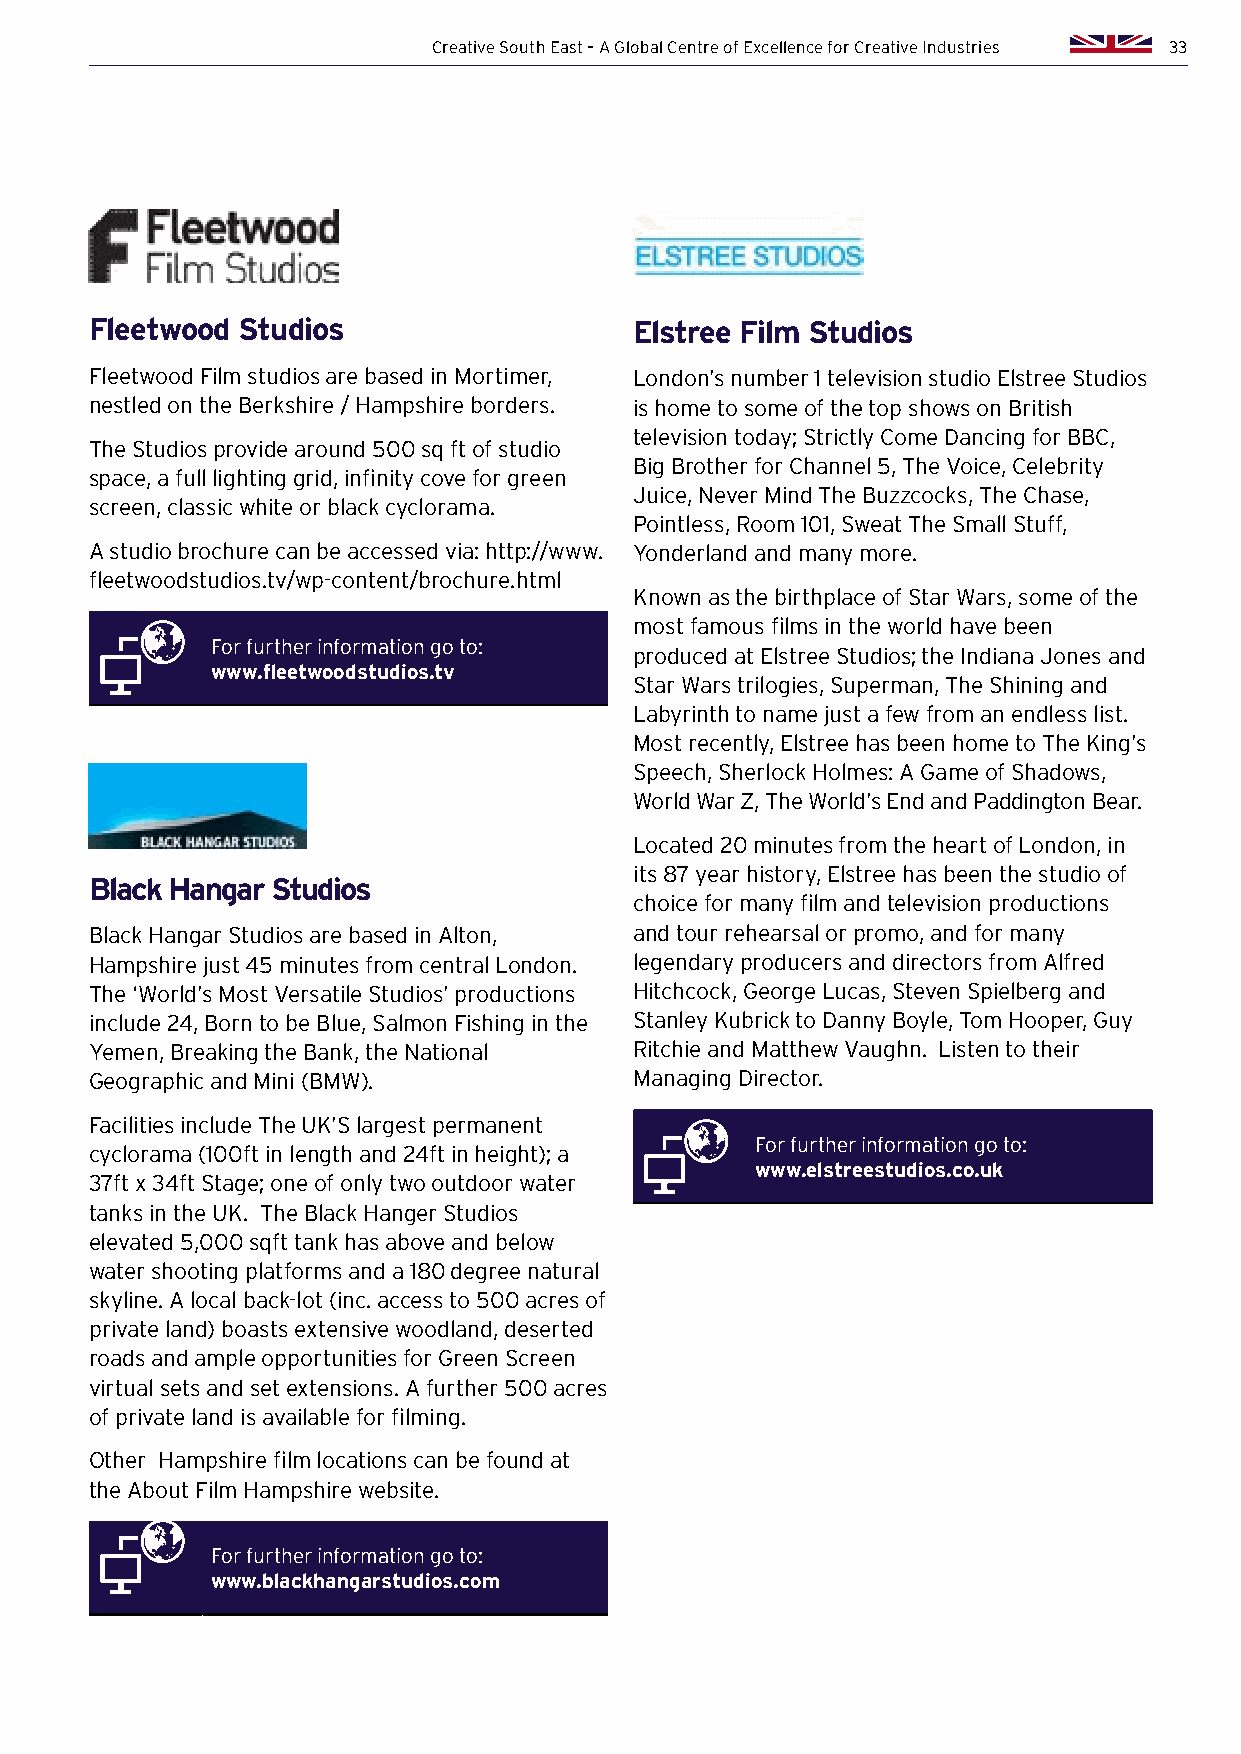
Creative South East – A Global Centre of Excellence for Creative Industries 33
 Fleetwood Studios                   Elstree Film Studios
 Fleetwood Film studios are based in Mortimer, London’s number 1 television studio Elstree Studios
 nestled on the Berkshire / Hampshire borders. is home to some of the top shows on British
 television today; Strictly Come Dancing for BBC,
 The Studios provide around 500 sq ft of studio
 Big Brother for Channel 5, The Voice, Celebrity
 space, a full lighting grid, infinity cove for green
 Juice, Never Mind The Buzzcocks, The Chase,
 screen, classic white or black cyclorama.
 Pointless, Room 101, Sweat The Small Stuff,
 A studio brochure can be accessed via: http://www. Yonderland and many more.
 fleetwoodstudios.tv/wp-content/brochure.html
 Known as the birthplace of Star Wars, some of the
 most famous films in the world have been
 For further information go to:
 produced at Elstree Studios; the Indiana Jones and
 www.fleetwoodstudios.tv
 Star Wars trilogies, Superman, The Shining and
 Labyrinth to name just a few from an endless list.
 Most recently, Elstree has been home to The King’s
 Speech, Sherlock Holmes: A Game of Shadows,
 World War Z, The World’s End and Paddington Bear.
 Located 20 minutes from the heart of London, in
 its 87 year history, Elstree has been the studio of
 Black Hangar Studios
 choice for many film and television productions
 Black Hangar Studios are based in Alton, and tour rehearsal or promo, and for many
 Hampshire just 45 minutes from central London. legendary producers and directors from Alfred
 The ‘World’s Most Versatile Studios’ productions Hitchcock, George Lucas, Steven Spielberg and
 include 24, Born to be Blue, Salmon Fishing in the Stanley Kubrick to Danny Boyle, Tom Hooper, Guy
 Yemen, Breaking the Bank, the National Ritchie and Matthew Vaughn. Listen to their
 Geographic and Mini (BMW).          Managing Director.
 Facilities include The UK’S largest permanent
 For further information go to:
 cyclorama (100ft in length and 24ft in height); a
 www.elstreestudios.co.uk
 37ft x 34ft Stage; one of only two outdoor water
 tanks in the UK. The Black Hanger Studios
 elevated 5,000 sqft tank has above and below
 water shooting platforms and a 180 degree natural
 skyline. A local back-lot (inc. access to 500 acres of
 private land) boasts extensive woodland, deserted
 roads and ample opportunities for Green Screen
 virtual sets and set extensions. A further 500 acres
 of private land is available for filming.
 Other Hampshire film locations can be found at
 the About Film Hampshire website.
 For further information go to:
 www.blackhangarstudios.com